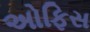
અોફિસ